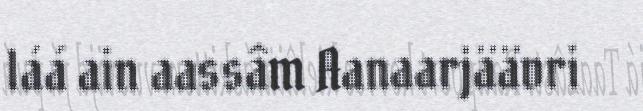
láá ain aassâm Aanaarjäävri